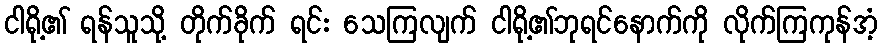
ငါရို့၏ ရန်သူသို့ တိုက်ခိုက် ရင်း သေကြလျက် ငါရို့၏ဘုရင်နောက်ကို လိုက်ကြကုန်အံ့